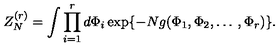
Z _ { N } ^ { ( r ) } = \int \prod _ { i = 1 } ^ { r } d \Phi _ { i } \exp \{ - N g ( \Phi _ { 1 } , \Phi _ { 2 } , \ldots \: , \Phi _ { r } ) \} .